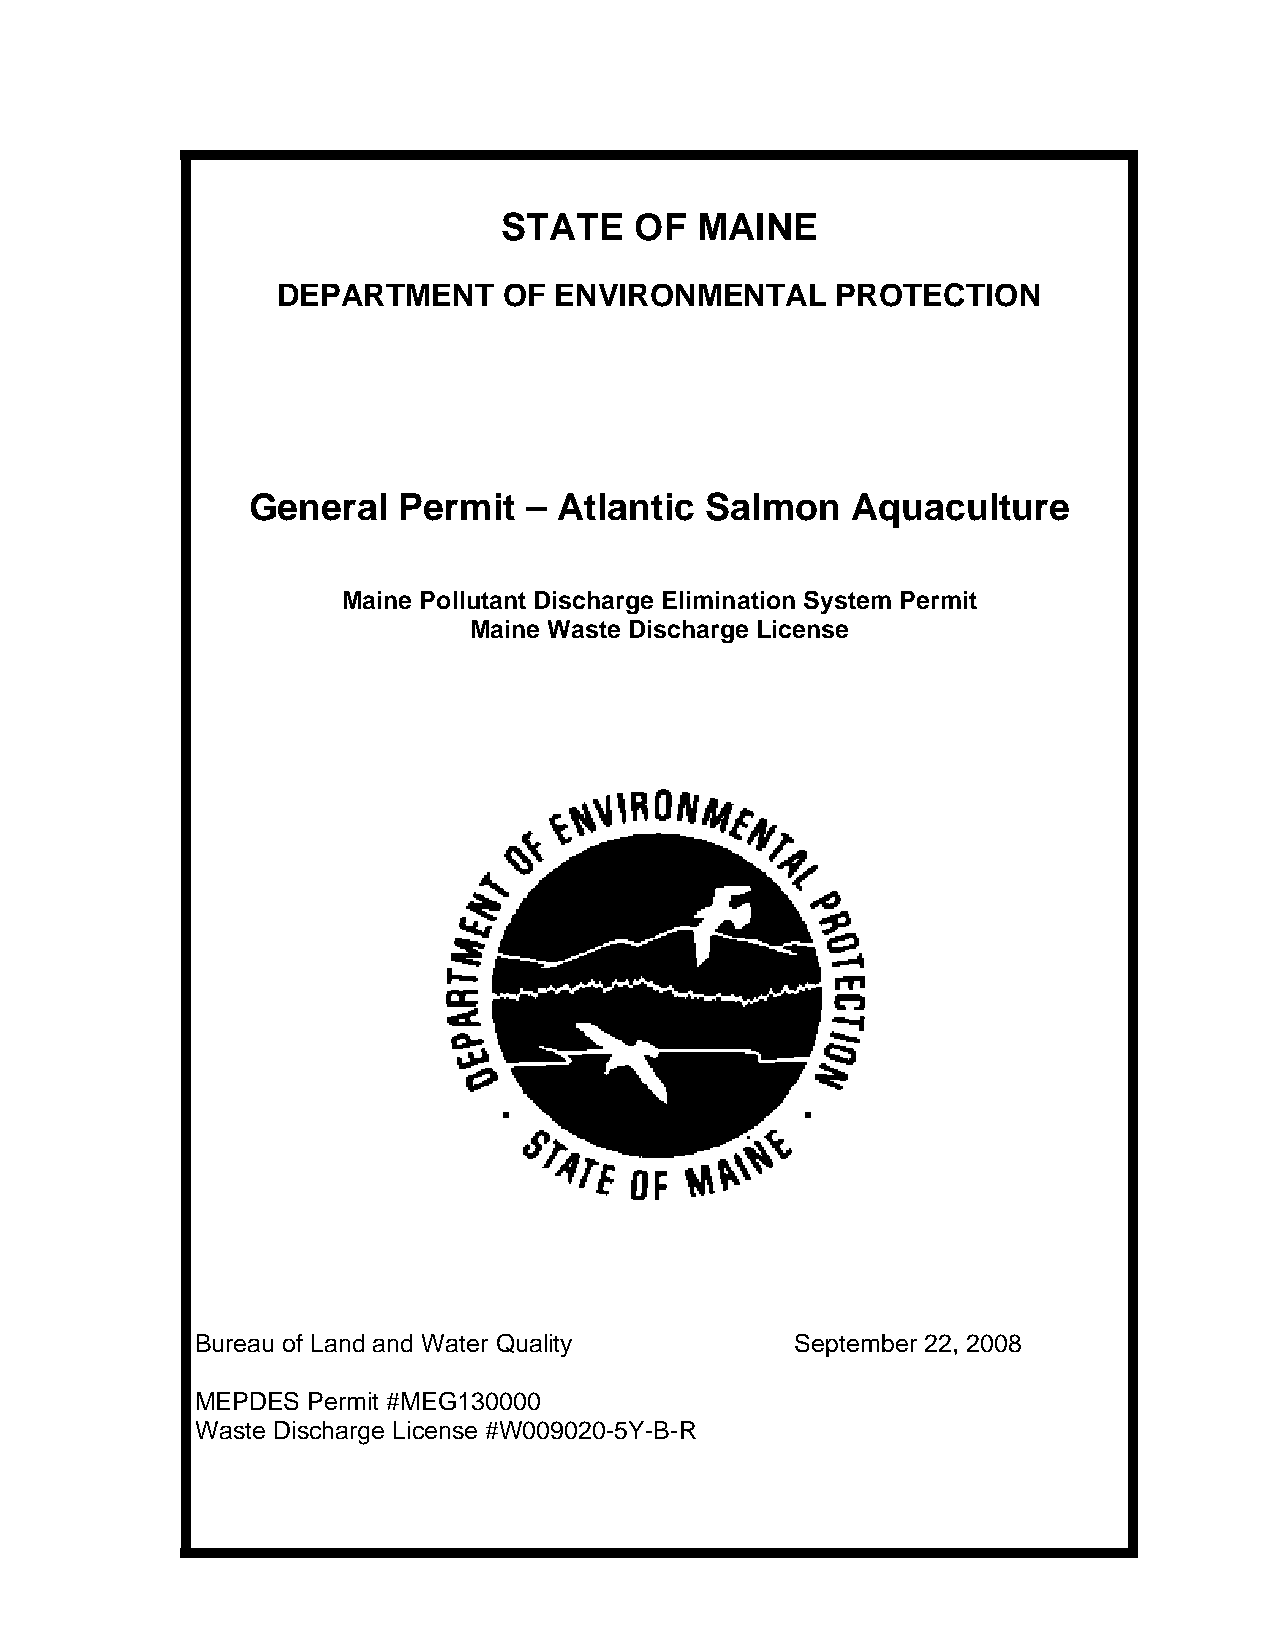
STATE    OF  MAINE
 DEPARTMENT     OF  ENVIRONMENTAL     PROTECTION
 General   Permit   – Atlantic  Salmon   Aquaculture
 Maine Pollutant Discharge Elimination System Permit
 Maine Waste Discharge License
 Bureau of Land and Water Quality        September 22, 2008
 MEPDES Permit #MEG130000
 Waste Discharge License #W009020-5Y-B-R